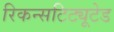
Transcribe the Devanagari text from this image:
रिकन्सटिट्यूटेड